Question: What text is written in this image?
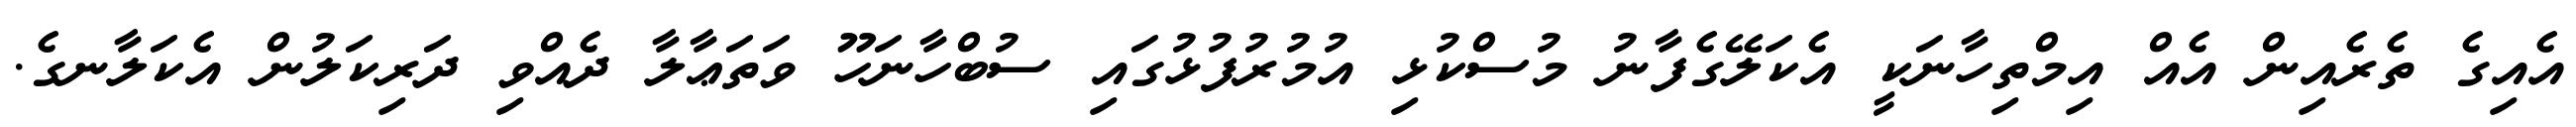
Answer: އެއިގެ ތެރެއިން އެއް އިމްތިހާނަކީ އެކަލޭގެފާނު މުސްކުޅި އުމުރުފުޅުގައި ސުބްހާނަހޫ ވަތަޢާލާ ދެއްވި ދަރިކަލުން އެކަލާނގެ.